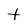
Character: t